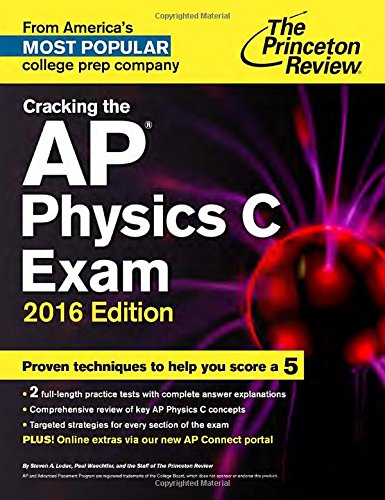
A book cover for Cracking the AP Physics C Exam, 2016 Edition (College Test Preparation); Princeton Review; Test Preparation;